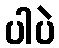
ပါပဲ